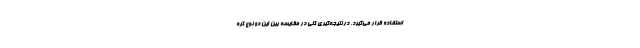
استفاده قرار می‌گیرد. در نتیجه‌گیری کلی در مقایسه بین این دو نوع کره